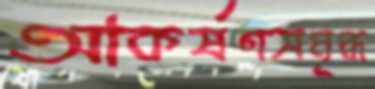
আকর্ষণসমৃদ্ধ